Mediterranean fever in India - Number 22
Disease focus: Fever
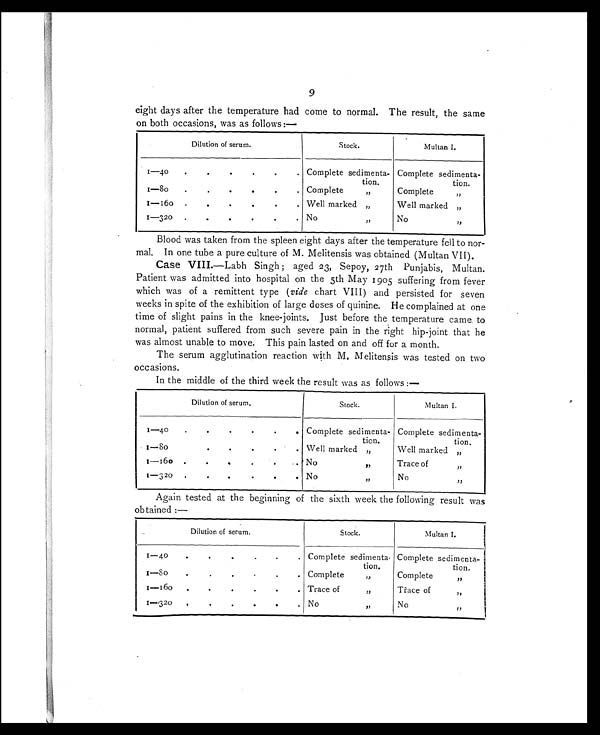
9
eight days after the temperature had come to normal. The result, the same
on both occasions, was as follows:—
Dilution of serum.
Stock.
Multan I.
1 — 4 0
Complete sedimenta
-tion.
Complete sedimenta
-tion.
1—80
.
.
.
.
.
.
Complete ,,
Complete ,,
1 — 1 6 0
. . ,
Well marked ,,
Well marked ,,
1—320
.
.
.
. No ,,
No ,,
Blood was taken from the spleen eight days after the temperature fell to nor-
mal. In one tube a pure culture of M. Melitensis was obtained (Multan VII).
Case VIII.—Labh Singh; aged 23, Sepoy, 27th Punjabis, Multan.
Patient was admitted into hospital on the 5th May 1905 suffering from fever
which was of a remittent type (vide chart VIII) and persisted for seven
weeks in spite of the exhibition of large doses of quinine. He complained at one
time of slight pains in the knee-joints. Just before the temperature came to
normal, patient suffered from such severe pain in the right hip-joint that he
was almost unable to move. This pain lasted on and off for a month,
The serum agglutination reaction with M. Melitensis was tested on two
occasions.
In the middle of the third week the result was as follows:—
Dilution of serum.
Stock.
Multan I.
1 — 4 0
•
•
Complete sedimenta-
tion.
Complete sedimenta-
tion.
1—80
.
. Well marked ,,
Well marked ,,
1 — 1 6 0
. .
No ,,
Trace of ,,
1 — 3 2 0
. .
. .
No ,,
No ,,
Again tested at the beginning of the sixth week the following result was
obtained:—
Dilution of serum.
Stock.
Multan I.
1 — 4 0
Complete sedimenta
-tion.
Complete sedimenta-
tion,
1 — 8 0
Complete ,,
Complete ,,
1—160
.
•
.
Trace of ,,
Trace of ,,
1— 320
,•
.
.
No ,,
No ,,